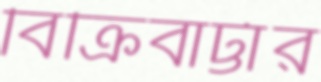
বিক্রিবাট্টার